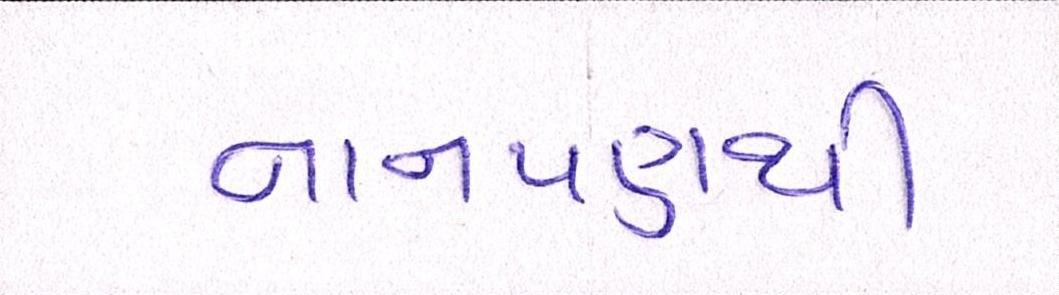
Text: નાનપણથી